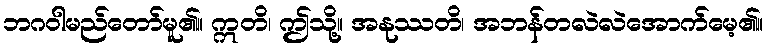
ဘဂဝါမည်တော်မူ၏။ ဣတိ၊ ဤသို့။ အနုဿတိ၊ အဘန်တလဲလဲအောက်မေ့၏။